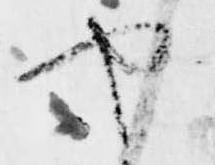
や